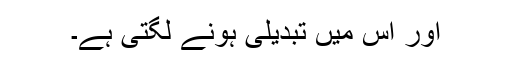
اور اس میں تبدیلی ہونے لگتی ہے۔